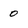
Character: 0